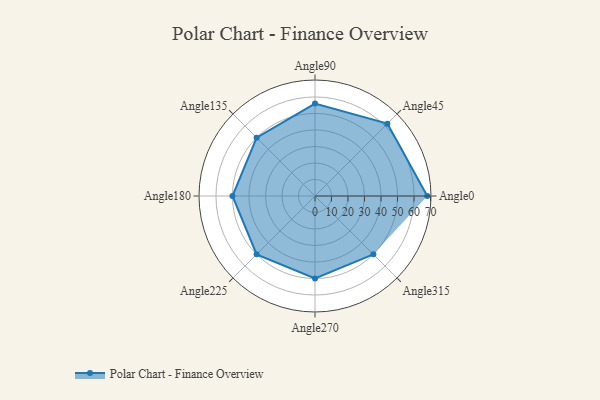
{"axis": {"x": "Angle", "y": "Radius"}, "legend": [""], "data": [{"x": "Angle0", "y": 68.0, "type": ""}, {"x": "Angle45", "y": 62.0, "type": ""}, {"x": "Angle90", "y": 56.0, "type": ""}, {"x": "Angle135", "y": 50, "type": ""}, {"x": "Angle180", "y": 50, "type": ""}, {"x": "Angle225", "y": 50, "type": ""}, {"x": "Angle270", "y": 50, "type": ""}, {"x": "Angle315", "y": 50, "type": ""}]}